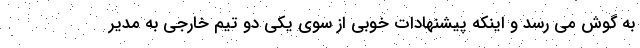
به گوش می رسد و اینکه پیشنهادات خوبی از سوی یکی دو تیم خارجی به مدیر